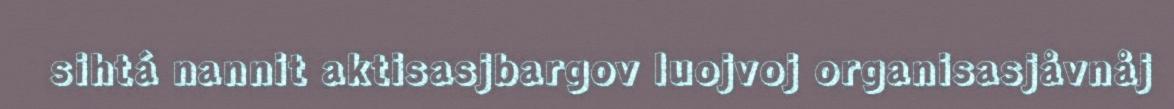
sihtá nannit aktisasjbargov luojvoj organisasjåvnåj